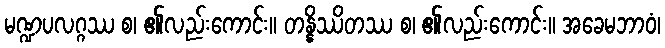
မဏ္ဍပလဂ္ဂဿ စ၊ ၏လည်းကောင်း။ တန္နိဿိတဿ စ၊ ၏လည်းကောင်း။ အခေမဘာဝံ၊